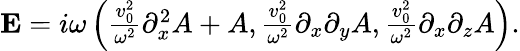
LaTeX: \begin{array}{r}{{\mathbf E}=i\omega\left(\frac{v_{0}^{2}}{\omega^{2}}\partial_{x}^{2}A+A,\frac{v_{0}^{2}}{\omega^{2}}\partial_{x}\partial_{y}A,\frac{v_{0}^{2}}{\omega^{2}}\partial_{x}\partial_{z}A\right).}\end{array}